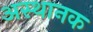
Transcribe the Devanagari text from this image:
अस्थानक